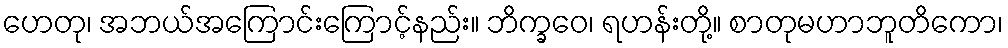
ဟေတု၊ အဘယ်အကြောင်းကြောင့်နည်း။ ဘိက္ခဝေ၊ ရဟန်းတို့။ စာတုမဟာဘူတိကော၊